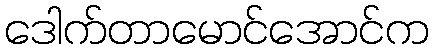
ဒေါက်တာမောင်အောင်က